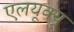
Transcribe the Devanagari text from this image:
एलयूक्यू